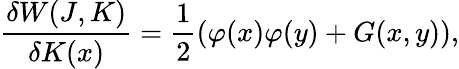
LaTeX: \frac{\delta W(J,K)}{\delta K(x)}=\frac{1}{2}\left(\varphi(x)\varphi(y)+G(x,y)\right),